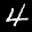
Label: 4